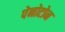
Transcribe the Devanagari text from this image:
पेनोटोन